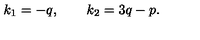
k _ { 1 } = - q , \qquad k _ { 2 } = 3 q - p .